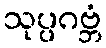
သုပ္ပဂဗ္ဘံ